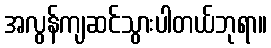
အလွန်ကျဆင်သွားပါတယ်ဘုရာ။